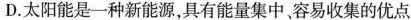
D.太阳能是一种新能源，具有能量集中、容易收集的优点